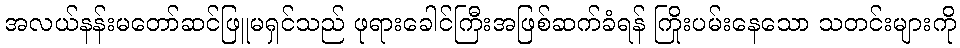
အလယ်နန်းမတော်ဆင်ဖြူမရှင်သည် ဖုရားခေါင်ကြီးအဖြစ်ဆက်ခံရန် ကြိုးပမ်းနေသော သတင်းများကို